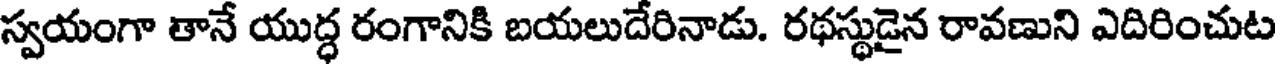
స్వయంగా తానే యుద్ధ రంగానికి బయలుదేరినాడు. రథస్థుడైన రావణుని ఎదిరించుట